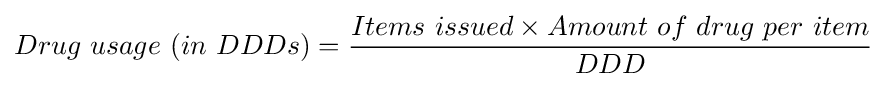
Drug\ usage\ (in\ DDDs)={\frac {Items\ issued\times Amount\ of\ drug\ per\ item}{DDD}}